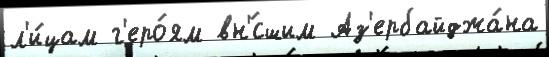
л'и́цам г'еро́ям вн'́сшим Аз'ербайджа́на